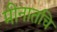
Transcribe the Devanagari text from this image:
मीनातचि